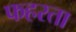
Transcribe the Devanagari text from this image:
फहरता